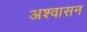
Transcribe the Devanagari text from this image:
अश्वासन